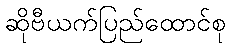
ဆိုဗီယက်ပြည်ထောင်စု